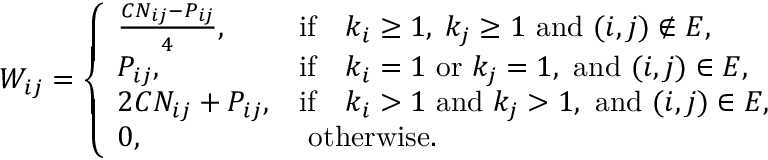
W _ { i j } = \left\{ \begin{array} { l l } { \frac { C N _ { i j } - P _ { i j } } { 4 } , } & { \mathrm { i f } \quad k _ { i } \ge 1 , \; k _ { j } \ge 1 \mathrm { ~ a n d ~ } ( i , j ) \notin E , } \\ { P _ { i j } , } & { \mathrm { i f } \quad k _ { i } = 1 \mathrm { ~ o r ~ } k _ { j } = 1 , \mathrm { ~ a n d ~ } ( i , j ) \in E , } \\ { 2 C N _ { i j } + P _ { i j } , } & { \mathrm { i f } \quad k _ { i } > 1 \mathrm { ~ a n d ~ } k _ { j } > 1 , \mathrm { ~ a n d ~ } ( i , j ) \in E , } \\ { 0 , } & { \mathrm { ~ o t h e r w i s e . } } \end{array} \right.